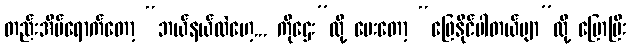
တည်းအိမ်ရောက်တော့ “ဘယ်နယ်လဲဟေ့... ကိုဌေး”လို့ မေးတော့ “ဖြေနိုင်ပါတယ်ဗျာ”လို့ ပြောပြီး